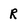
Character: R